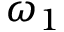
\omega _ { 1 }